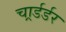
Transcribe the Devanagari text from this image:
चार्र्डर्डर